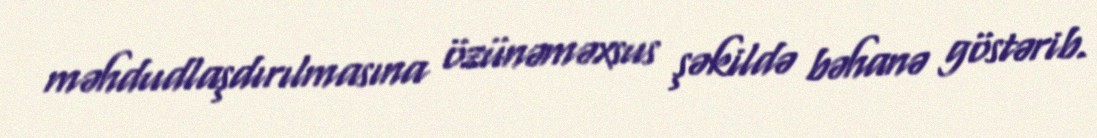
məhdudlaşdırılmasına özünəməxsus şəkildə bəhanə göstərib.